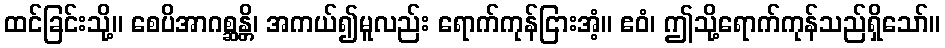
ထင်ခြင်းသို့။ စေပိအာဂစ္ဆန္တိ၊ အကယ်၍မူလည်း ရောက်ကုန်ငြားအံ့။ ဧဝံ၊ ဤသို့ရောက်ကုန်သည်ရှိသော်။